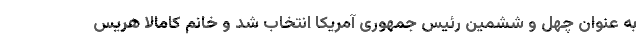
به عنوان چهل و ششمین رئیس جمهوری آمریکا انتخاب شد و خانم کامالا هریس